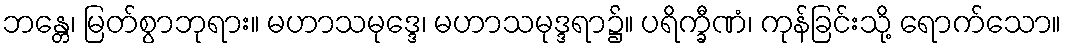
ဘန္တေ၊ မြတ်စွာဘုရား။ မဟာသမုဒ္ဒေ၊ မဟာသမုဒ္ဒရာ၌။ ပရိက္ခီဏံ၊ ကုန်ခြင်းသို့ ရောက်သော။